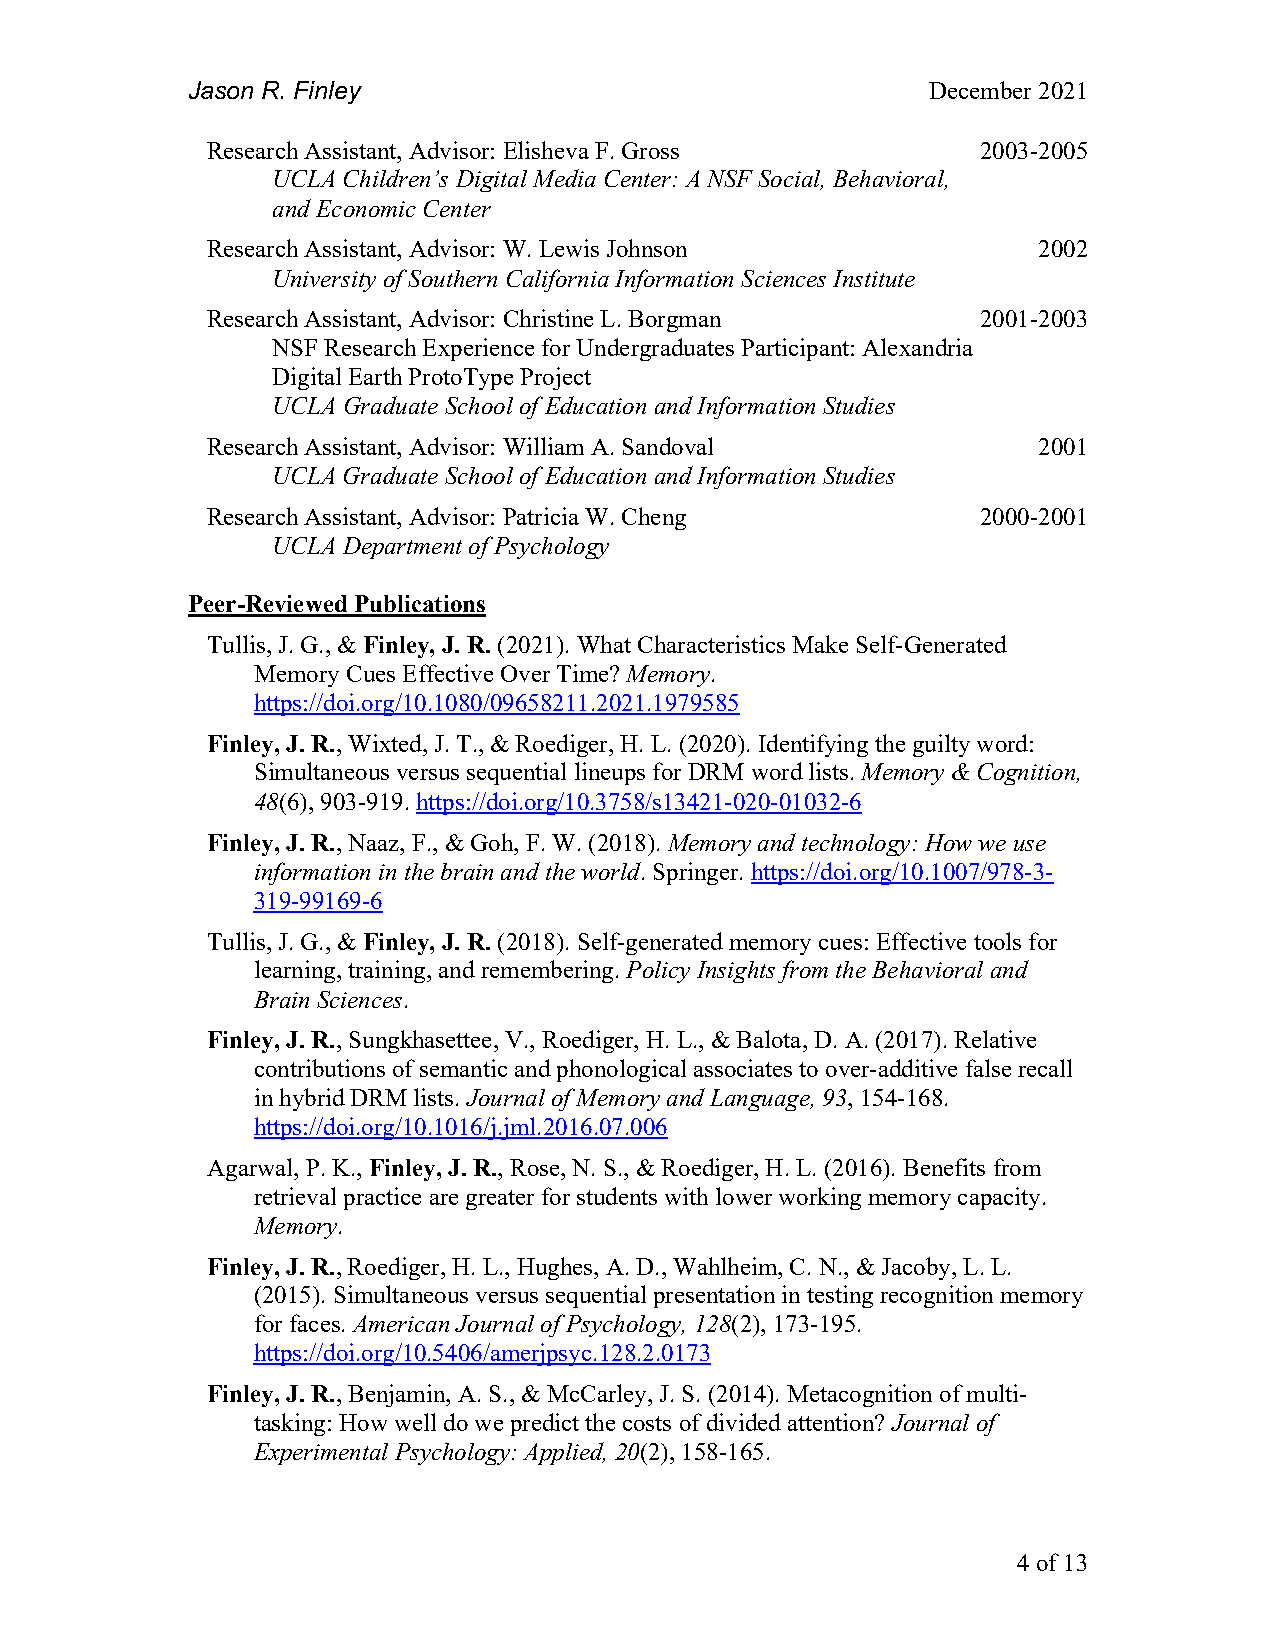
Jason R. Finley                                   December 2021
 Research Assistant, Advisor: Elisheva F. Gross     2003-2005
 UCLA Children’s Digital Media Center: A NSF Social, Behavioral,
 and Economic Center
 Research Assistant, Advisor: W. Lewis Johnson          2002
 University of Southern California Information Sciences Institute
 Research Assistant, Advisor: Christine L. Borgman  2001-2003
 NSF Research Experience for Undergraduates Participant: Alexandria
 Digital Earth ProtoType Project
 UCLA Graduate School of Education and Information Studies
 Research Assistant, Advisor: William A. Sandoval       2001
 UCLA Graduate School of Education and Information Studies
 Research Assistant, Advisor: Patricia W. Cheng     2000-2001
 UCLA Department of Psychology
 Peer-Reviewed Publications
 Tullis, J. G., & Finley, J. R. (2021). What Characteristics Make Self-Generated
 Memory Cues Effective Over Time? Memory.
 https://doi.org/10.1080/09658211.2021.1979585
 Finley, J. R., Wixted, J. T., & Roediger, H. L. (2020). Identifying the guilty word:
 Simultaneous versus sequential lineups for DRM word lists. Memory & Cognition,
 48(6), 903-919. https://doi.org/10.3758/s13421-020-01032-6
 Finley, J. R., Naaz, F., & Goh, F. W. (2018). Memory and technology: How we use
 information in the brain and the world. Springer. https://doi.org/10.1007/978-3-
 319-99169-6
 Tullis, J. G., & Finley, J. R. (2018). Self-generated memory cues: Effective tools for
 learning, training, and remembering. Policy Insights from the Behavioral and
 Brain Sciences.
 Finley, J. R., Sungkhasettee, V., Roediger, H. L., & Balota, D. A. (2017). Relative
 contributions of semantic and phonological associates to over-additive false recall
 in hybrid DRM lists. Journal of Memory and Language, 93, 154-168.
 https://doi.org/10.1016/j.jml.2016.07.006
 Agarwal, P. K., Finley, J. R., Rose, N. S., & Roediger, H. L. (2016). Benefits from
 retrieval practice are greater for students with lower working memory capacity.
 Memory.
 Finley, J. R., Roediger, H. L., Hughes, A. D., Wahlheim, C. N., & Jacoby, L. L.
 (2015). Simultaneous versus sequential presentation in testing recognition memory
 for faces. American Journal of Psychology, 128(2), 173-195.
 https://doi.org/10.5406/amerjpsyc.128.2.0173
 Finley, J. R., Benjamin, A. S., & McCarley, J. S. (2014). Metacognition of multi-
 tasking: How well do we predict the costs of divided attention? Journal of
 Experimental Psychology: Applied, 20(2), 158-165.
 4 of 13